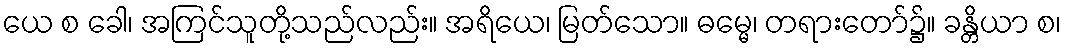
ယေ စ ခေါ၊ အကြင်သူတို့သည်လည်း။ အရိယေ၊ မြတ်သော။ ဓမ္မေ၊ တရားတော်၌။ ခန္တိယာ စ၊